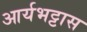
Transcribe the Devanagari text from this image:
आर्यभट्टास